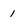
Character: 1